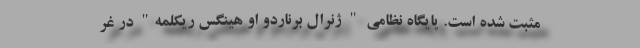
مثبت شده است. پایگاه نظامی " ژنرال برناردو او هینگس ریکلمه" در غر